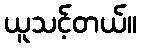
ယူသင့်တယ်။